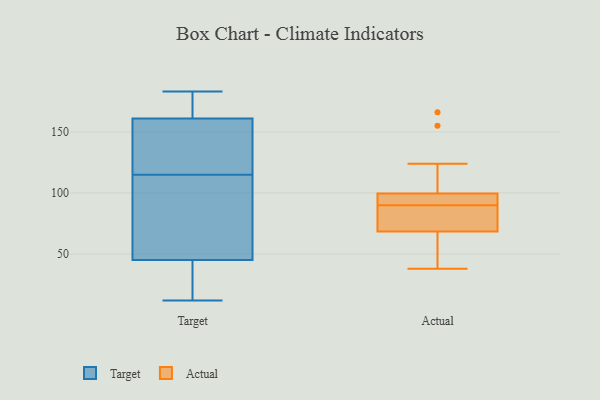
{"axis": {"x": "Latency (ms)", "y": "Value"}, "legend": ["Actual", "Target"], "data": [{"x": "", "y": 22, "type": "Target"}, {"x": "", "y": 183, "type": "Target"}, {"x": "", "y": 117, "type": "Target"}, {"x": "", "y": 113, "type": "Target"}, {"x": "", "y": 12, "type": "Target"}, {"x": "", "y": 173, "type": "Target"}, {"x": "", "y": 144, "type": "Target"}, {"x": "", "y": 45, "type": "Target"}, {"x": "", "y": 161, "type": "Target"}, {"x": "", "y": 96, "type": "Target"}, {"x": "", "y": 66, "type": "Actual"}, {"x": "", "y": 166, "type": "Actual"}, {"x": "", "y": 124, "type": "Actual"}, {"x": "", "y": 75, "type": "Actual"}, {"x": "", "y": 98, "type": "Actual"}, {"x": "", "y": 155, "type": "Actual"}, {"x": "", "y": 79, "type": "Actual"}, {"x": "", "y": 100, "type": "Actual"}, {"x": "", "y": 38, "type": "Actual"}, {"x": "", "y": 67, "type": "Actual"}, {"x": "", "y": 59, "type": "Actual"}, {"x": "", "y": 90, "type": "Actual"}, {"x": "", "y": 73, "type": "Actual"}, {"x": "", "y": 97, "type": "Actual"}, {"x": "", "y": 93, "type": "Actual"}]}